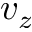
v _ { z }